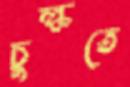
চুল্‌কতে